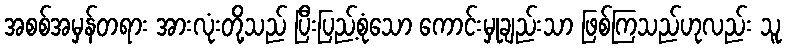
အစစ်အမှန်တရား အားလုံးတို့သည် ပြီးပြည့်စုံသော ကောင်းမှုချည်းသာ ဖြစ်ကြသည်ဟုလည်း သူ